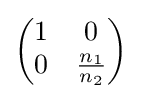
{\begin{pmatrix}1&0\\0&{\frac {n_{1}}{n_{2}}}\end{pmatrix}}